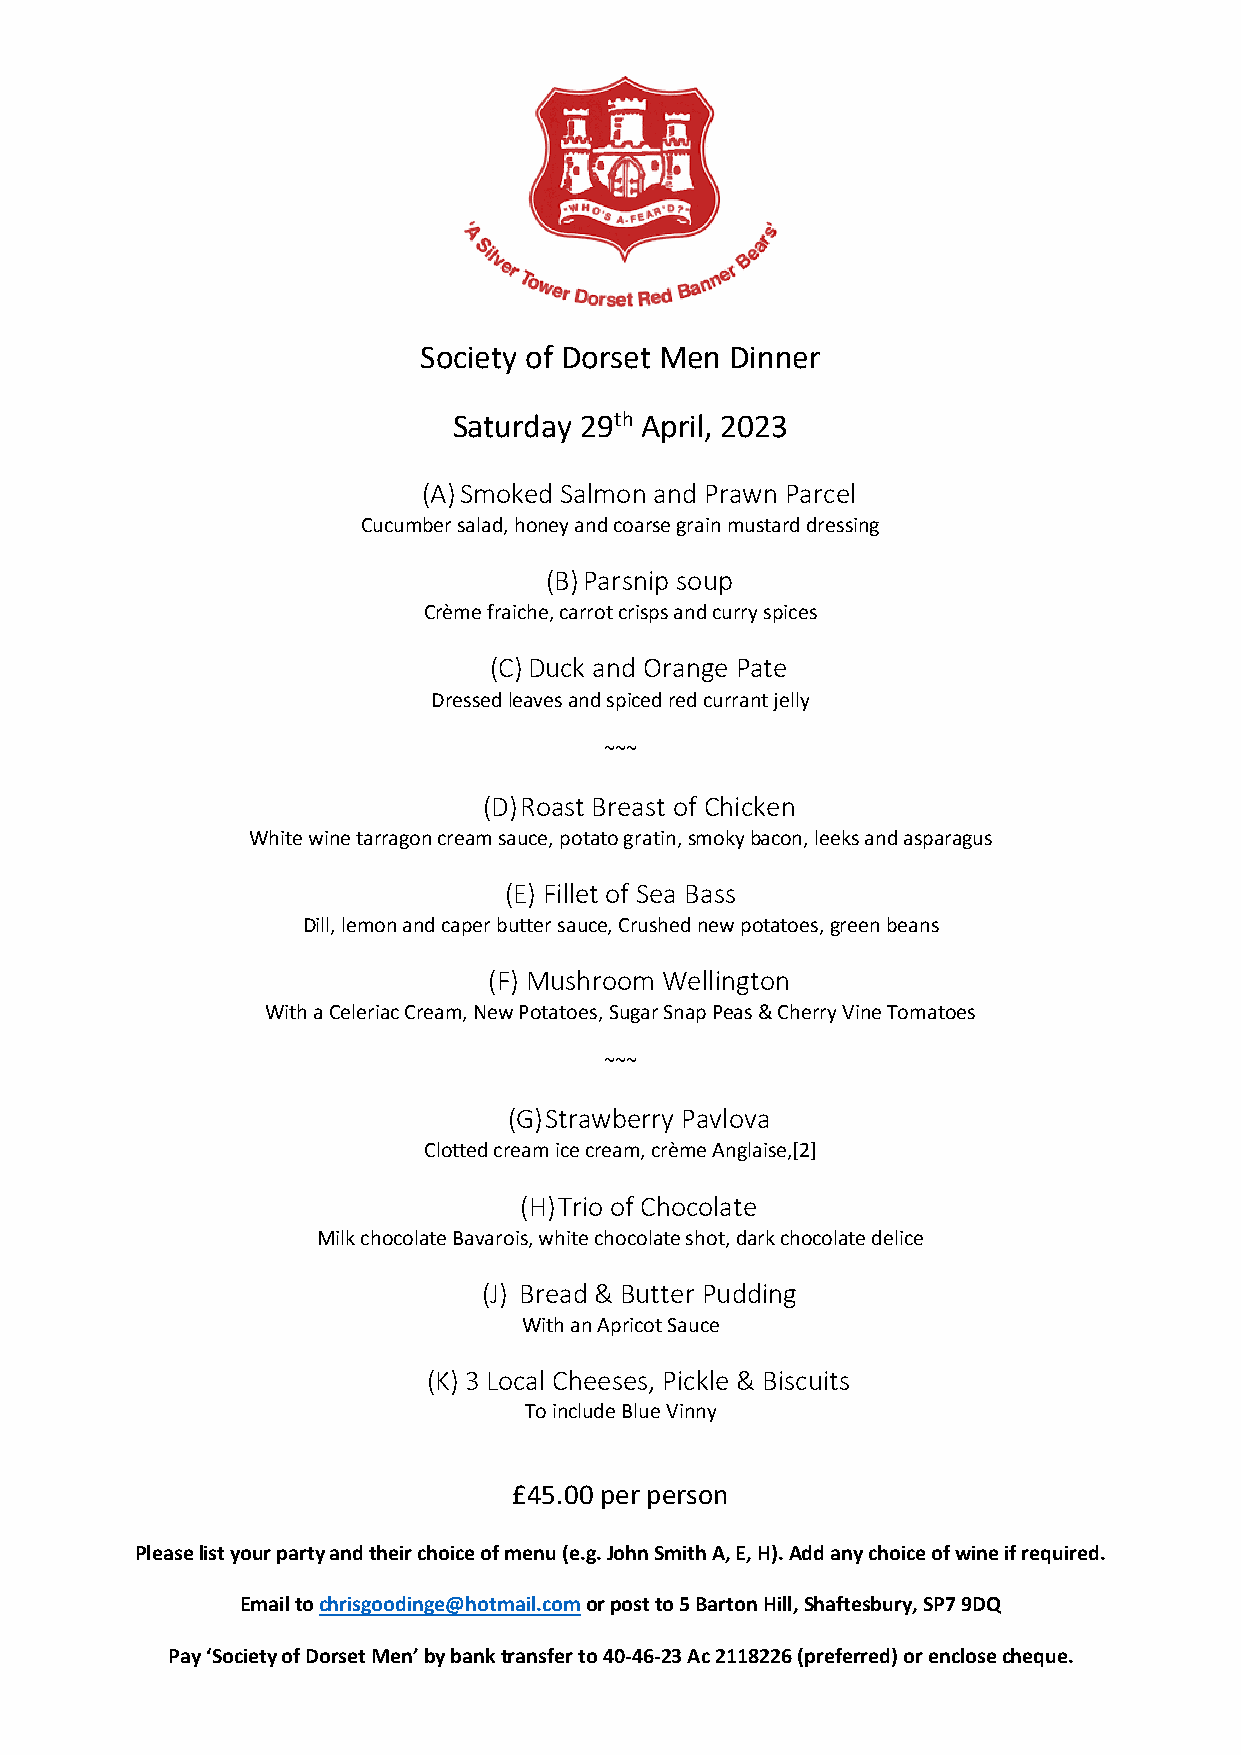
Society of Dorset Men Dinner
 Saturday 29th April, 2023
 (A) Smoked Salmon and Prawn Parcel
 Cucumber salad, honey and coarse grain mustard dressing
 (B) Parsnip soup
 Crème fraiche, carrot crisps and curry spices
 (C) Duck and Orange Pate
 Dressed leaves and spiced red currant jelly
 ~~~
 (D) Roast Breast of Chicken
 White wine tarragon cream sauce, potato gratin, smoky bacon, leeks and asparagus
 (E) Fillet of Sea Bass
 Dill, lemon and caper butter sauce, Crushed new potatoes, green beans
 (F) Mushroom Wellington
 With a Celeriac Cream, New Potatoes, Sugar Snap Peas & Cherry Vine Tomatoes
 ~~~
 (G) Strawberry Pavlova
 Clotted cream ice cream, crème Anglaise,[2]
 (H) Trio of Chocolate
 Milk chocolate Bavarois, white chocolate shot, dark chocolate delice
 (J) Bread & Butter Pudding
 With an Apricot Sauce
 (K) 3 Local Cheeses, Pickle & Biscuits
 To include Blue Vinny
 £45.00 per person
 Please list your party and their choice of menu (e.g. John Smith A, E, H). Add any choice of wine if required.
 Email to chrisgoodinge@hotmail.com or post to 5 Barton Hill, Shaftesbury, SP7 9DQ
 Pay ‘Society of Dorset Men’ by bank transfer to 40-46-23 Ac 2118226 (preferred) or enclose cheque.